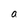
Character: a